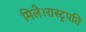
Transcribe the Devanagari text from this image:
मिले।रास्ट्रपति